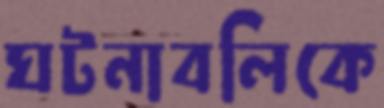
ঘটনাবলিকে